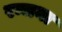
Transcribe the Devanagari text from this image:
रन्जना